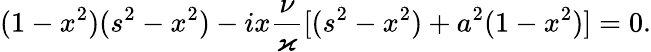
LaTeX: (1-x^{2})(s^{2}-x^{2})-ix\frac{\nu}{\varkappa}[(s^{2}-x^{2})+a^{2}(1-x^{2})]=0.